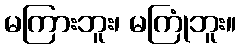
မကြားဘူး၊ မကြုံဘူး။